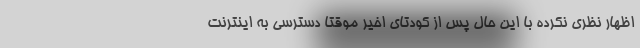
اظهار نظری نکرده با این حال پس از کودتای اخیر موقتا دسترسی به اینترنت